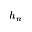
h _ { n }